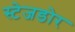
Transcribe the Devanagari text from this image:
स्टेजडोर